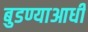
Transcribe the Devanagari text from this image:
बुडण्याआधी